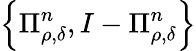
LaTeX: \left\{ \Pi_{\rho,\delta}^{n},I-\Pi_{\rho,\delta}^{n}\right\}